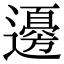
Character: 𮟚